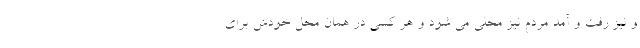
و نیز رفت و آمد مردم نیز محلی می شود و هر کسی در همان محل خودش برای